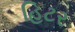
હિટર